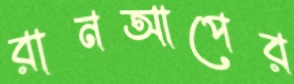
রানআপের